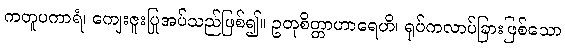
ကတူပကာရံ၊ ကျေးဇူးပြုအပ်သည်ဖြစ်၍။ ဥတုစိတ္တာဟာရေဟိ၊ ရုပ်ကလာပ်ခြားဖြစ်သော